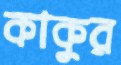
কাকুর